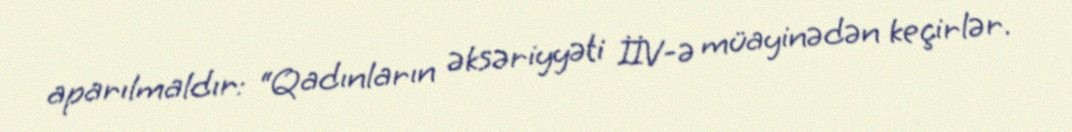
aparılmaldır: “Qadınların əksəriyyəti İİV-ə müayinədən keçirlər.